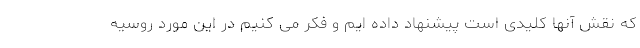
که نقش آنها کلیدی است پیشنهاد داده ایم و فکر می کنیم در این مورد روسیه